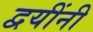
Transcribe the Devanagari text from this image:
द्वयींनी